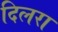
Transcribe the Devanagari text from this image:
दिलरा